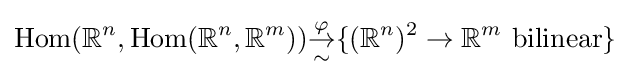
\operatorname {Hom} (\mathbb {R} ^{n},\operatorname {Hom} (\mathbb {R} ^{n},\mathbb {R} ^{m})){\overset {\varphi }{\underset {\sim }{\to }}}\{(\mathbb {R} ^{n})^{2}\to \mathbb {R} ^{m}{\text{ bilinear}}\}